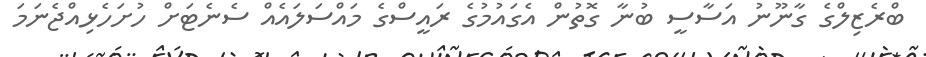
ބްރެޒިލްގެ ގާނޫނު އަސާސީ ބުނާ ގޮތުން އެގައުމުގެ ރައީސްގެ މައްސަލައެއް ސެނެޓަށް ހުށަހެޅިއްޖެނަމަ